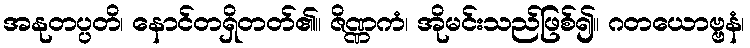
အနုတပ္ပတိ၊ နောင်တရှိတတ်၏။ ဇိဏ္ဏကံ၊ အိုမင်းသည်ဖြစ်၍။ ဂတယောဗ္ဗနံ၊